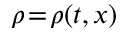
\rho \! = \! \rho ( t , \boldsymbol { x } )